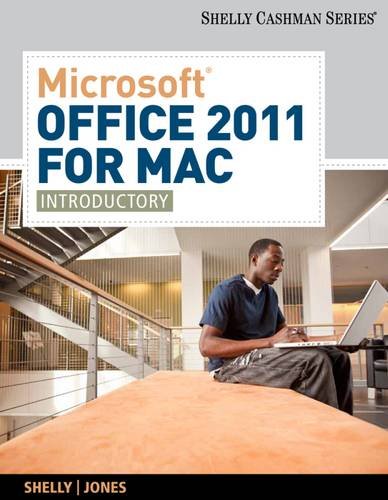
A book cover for Microsoft Office 2011 for Mac: Introductory (New 1st Editions in Computing); Gary B. Shelly; Computers & Technology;